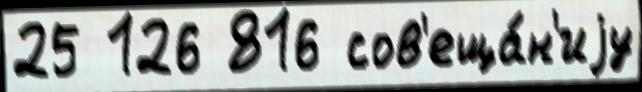
25 126 816 сов'еща́н'иjу